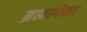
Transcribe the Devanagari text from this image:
ब्रह्मपिसा